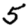
Digit: 5